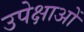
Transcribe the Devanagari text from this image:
उपेक्षाअों